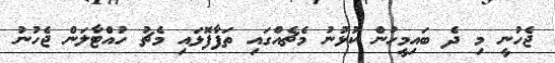
ޖެހުނީ މި ދެ ބައިމީހުން ކުޅުނު މެޗެއްގައި ތަފާފޮޅައި މެޗު ހުއްޓާލަން ޖެހުނު